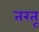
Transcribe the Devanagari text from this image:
तरतू